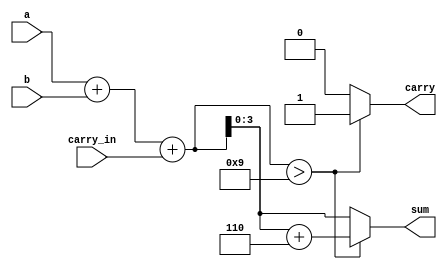
/////////////////////////////////////////
// Basil Skaria (20)                   // 
// S4 CSE                              //
// MITS                                // 
// Verilog codes of lab cycle          //
//                                     //
/////////////////////////////////////////
module bcd_adder(a,b,carry_in,sum,carry);

input [3:0] a,b;
input carry_in;
output [3:0] sum;
output carry;

reg [4:0] temp;
reg [3:0] sum;
reg carry;
always @(a,b,carry_in)
begin
	temp = a+b+carry_in; 
	if(temp > 9)
	begin
		temp = temp+6;
		carry = 1; 
		sum = temp[3:0];
	end
	else
	begin
		carry = 0;
		sum = temp[3:0];
	end
end
endmodule

module tb_bcdadder;
	reg [3:0] a;
	reg [3:0] b;
	reg carry_in;

	
	wire [3:0] sum;
	wire carry;
	
	
	bcd_adder uut (.a(a),.b(b),.carry_in(carry_in),.sum(sum),.carry(carry));
	initial begin
	$dumpfile("BCD.vcd");
	$dumpvars;        
	$display("  A   |  B   | Sum  | Carry");
	$monitor(" %b | %b | %b | %b ",a,b,sum,carry);
		
	
a = 0; b = 0; carry_in = 0;#5
a = 0; b = 1; carry_in = 0;#5
a = 0; b = 2; carry_in = 0;#5
a = 0; b = 3; carry_in = 0;#5
a = 0; b = 4; carry_in = 0;#5
a = 0; b = 5; carry_in = 0;#5
a = 0; b = 6; carry_in = 0;#5
a = 0; b = 7; carry_in = 0;#5
a = 0; b = 8; carry_in = 0;#5
a = 0; b = 9; carry_in = 0;#5

a = 1; b = 0; carry_in = 0;#5
a = 1; b = 1; carry_in = 0;#5
a = 1; b = 2; carry_in = 0;#5
a = 1; b = 3; carry_in = 0;#5
a = 1; b = 4; carry_in = 0;#5
a = 1; b = 5; carry_in = 0;#5
a = 1; b = 6; carry_in = 0;#5
a = 1; b = 7; carry_in = 0;#5
a = 1; b = 8; carry_in = 0;#5
a = 1; b = 9; carry_in = 0;#5

a = 2; b = 0; carry_in = 0;#5
a = 2; b = 1; carry_in = 0;#5
a = 2; b = 2; carry_in = 0;#5
a = 2; b = 3; carry_in = 0;#5
a = 2; b = 4; carry_in = 0;#5
a = 2; b = 5; carry_in = 0;#5
a = 2; b = 6; carry_in = 0;#5
a = 2; b = 7; carry_in = 0;#5
a = 2; b = 8; carry_in = 0;#5
a = 2; b = 9; carry_in = 0;#5

a = 3; b = 0; carry_in = 0;#5
a = 3; b = 1; carry_in = 0;#5
a = 3; b = 2; carry_in = 0;#5
a = 3; b = 3; carry_in = 0;#5
a = 3; b = 4; carry_in = 0;#5
a = 3; b = 5; carry_in = 0;#5
a = 3; b = 6; carry_in = 0;#5
a = 3; b = 7; carry_in = 0;#5
a = 3; b = 8; carry_in = 0;#5
a = 3; b = 9; carry_in = 0;#5

a = 4; b = 0; carry_in = 0;#5
a = 4; b = 1; carry_in = 0;#5
a = 4; b = 2; carry_in = 0;#5
a = 4; b = 3; carry_in = 0;#5
a = 4; b = 4; carry_in = 0;#5
a = 4; b = 5; carry_in = 0;#5
a = 4; b = 6; carry_in = 0;#5
a = 4; b = 7; carry_in = 0;#5
a = 4; b = 8; carry_in = 0;#5
a = 4; b = 9; carry_in = 0;#5

a = 5; b = 0; carry_in = 0;#5
a = 5; b = 1; carry_in = 0;#5
a = 5; b = 2; carry_in = 0;#5
a = 5; b = 3; carry_in = 0;#5
a = 5; b = 4; carry_in = 0;#5
a = 5; b = 5; carry_in = 0;#5
a = 5; b = 6; carry_in = 0;#5
a = 5; b = 7; carry_in = 0;#5
a = 5; b = 8; carry_in = 0;#5
a = 5; b = 9; carry_in = 0;#5

a = 6; b = 0; carry_in = 0;#5
a = 6; b = 1; carry_in = 0;#5
a = 6; b = 2; carry_in = 0;#5
a = 6; b = 3; carry_in = 0;#5
a = 6; b = 4; carry_in = 0;#5
a = 6; b = 5; carry_in = 0;#5
a = 6; b = 6; carry_in = 0;#5
a = 6; b = 7; carry_in = 0;#5
a = 6; b = 8; carry_in = 0;#5
a = 6; b = 9; carry_in = 0;#5

a = 7; b = 0; carry_in = 0;#5
a = 7; b = 1; carry_in = 0;#5
a = 7; b = 2; carry_in = 0;#5
a = 7; b = 3; carry_in = 0;#5
a = 7; b = 4; carry_in = 0;#5
a = 7; b = 5; carry_in = 0;#5
a = 7; b = 6; carry_in = 0;#5
a = 7; b = 7; carry_in = 0;#5
a = 7; b = 8; carry_in = 0;#5
a = 7; b = 9; carry_in = 0;#5

a = 8; b = 0; carry_in = 0;#5
a = 8; b = 1; carry_in = 0;#5
a = 8; b = 2; carry_in = 0;#5
a = 8; b = 3; carry_in = 0;#5
a = 8; b = 4; carry_in = 0;#5
a = 8; b = 5; carry_in = 0;#5
a = 8; b = 6; carry_in = 0;#5
a = 8; b = 7; carry_in = 0;#5
a = 8; b = 8; carry_in = 0;#5
a = 8; b = 9; carry_in = 0;#5

a = 9; b = 0; carry_in = 0;#5
a = 9; b = 1; carry_in = 0;#5
a = 9; b = 2; carry_in = 0;#5
a = 9; b = 3; carry_in = 0;#5
a = 9; b = 4; carry_in = 0;#5
a = 9; b = 5; carry_in = 0;#5
a = 9; b = 6; carry_in = 0;#5
a = 9; b = 7; carry_in = 0;#5
a = 9; b = 8; carry_in = 0;#5
a = 9; b = 9; carry_in = 0;



	end
endmodule